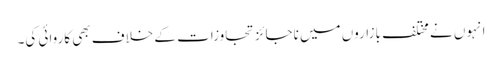
انہوں نے مختلف بازاروں میں ناجائز تجاوزات کے خلاف بھی کاروائی کی۔